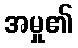
အမှု၏